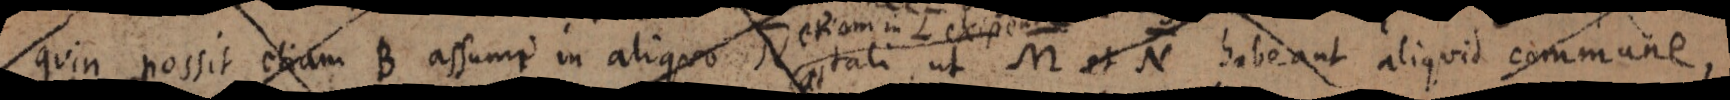
quin possit etiam B assumi in aliquo tali ut M et N habeant aliquid commune,